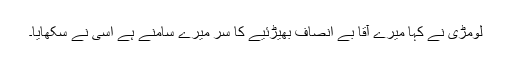
لومڑی نے کہا میرے آقا بے انصاف بھیڑئیے کا سر میرے سامنے ہے اسی نے سکھایا۔